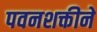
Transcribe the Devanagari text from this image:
पवनशक्तीने